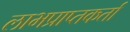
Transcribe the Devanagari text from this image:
लाभप्राप्तकर्ता